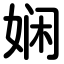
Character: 娴